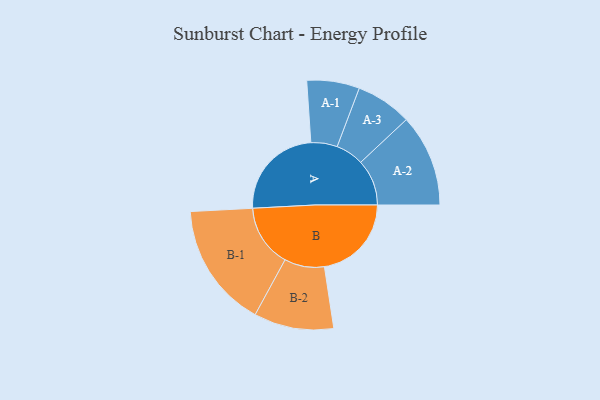
{"axis": {"x": "Segment", "y": "Value"}, "legend": ["", "A", "B"], "data": [{"x": "A", "y": 385, "type": ""}, {"x": "B", "y": 351, "type": ""}, {"x": "A-1", "y": 106, "type": "A"}, {"x": "A-2", "y": 186, "type": "A"}, {"x": "A-3", "y": 113, "type": "A"}, {"x": "B-1", "y": 252, "type": "B"}, {"x": "B-2", "y": 161, "type": "B"}]}